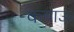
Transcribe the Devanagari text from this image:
कबाऊ